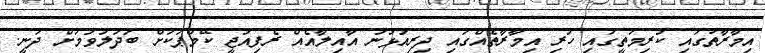
އިމާރާތުގައި ކުރިމަތީގައި ހުރި އިމާރާތެއްގައި ދިރިއުޅުނު އާއިލާއެއް ރެފިއުޖީ ކޭމްޕަކަށް ބަދަލުވުމަށް ދަނީ.